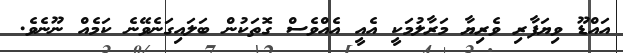
އައްޑޫ ވިޔަފާރި ވެރިޔާ މަރާލުމަކީ އެއީ އެއްވެސް ގޮތަކުން ބަލައިގަނެވޭނެ ކަމެއް ނޫނެވެ.